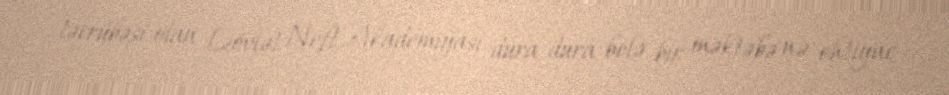
təcrübəsi olan Dövlət Neft Akademiyası dura-dura belə bir məktəbə nə ehtiyac